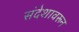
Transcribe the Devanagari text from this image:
संदेशावरून